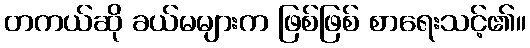
တကယ်ဆို ခယ်မများက ဖြစ်ဖြစ် စာရေးသင့်၏။